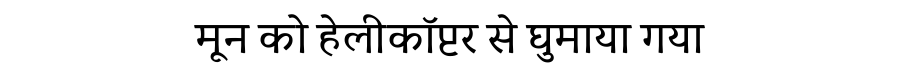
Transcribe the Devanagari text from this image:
मून को हेलीकॉप्टर से घुमाया गया